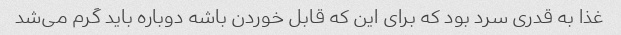
غذا به قدری سرد بود که برای این که قابل خوردن باشه دوباره باید گرم می‌شد